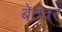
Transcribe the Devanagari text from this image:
बेतवर